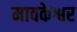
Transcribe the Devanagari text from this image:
मावकेश्वर